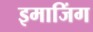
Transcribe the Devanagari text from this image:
इमाजिंग